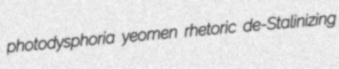
photodysphoria yeomen rhetoric de-Stalinizing